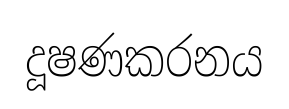
දූෂණකරනය